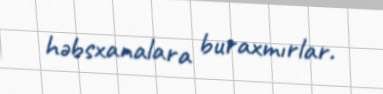
həbsxanalara buraxmırlar.